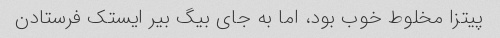
پیتزا مخلوط خوب بود، اما به جای بیگ بیر ایستک فرستادن